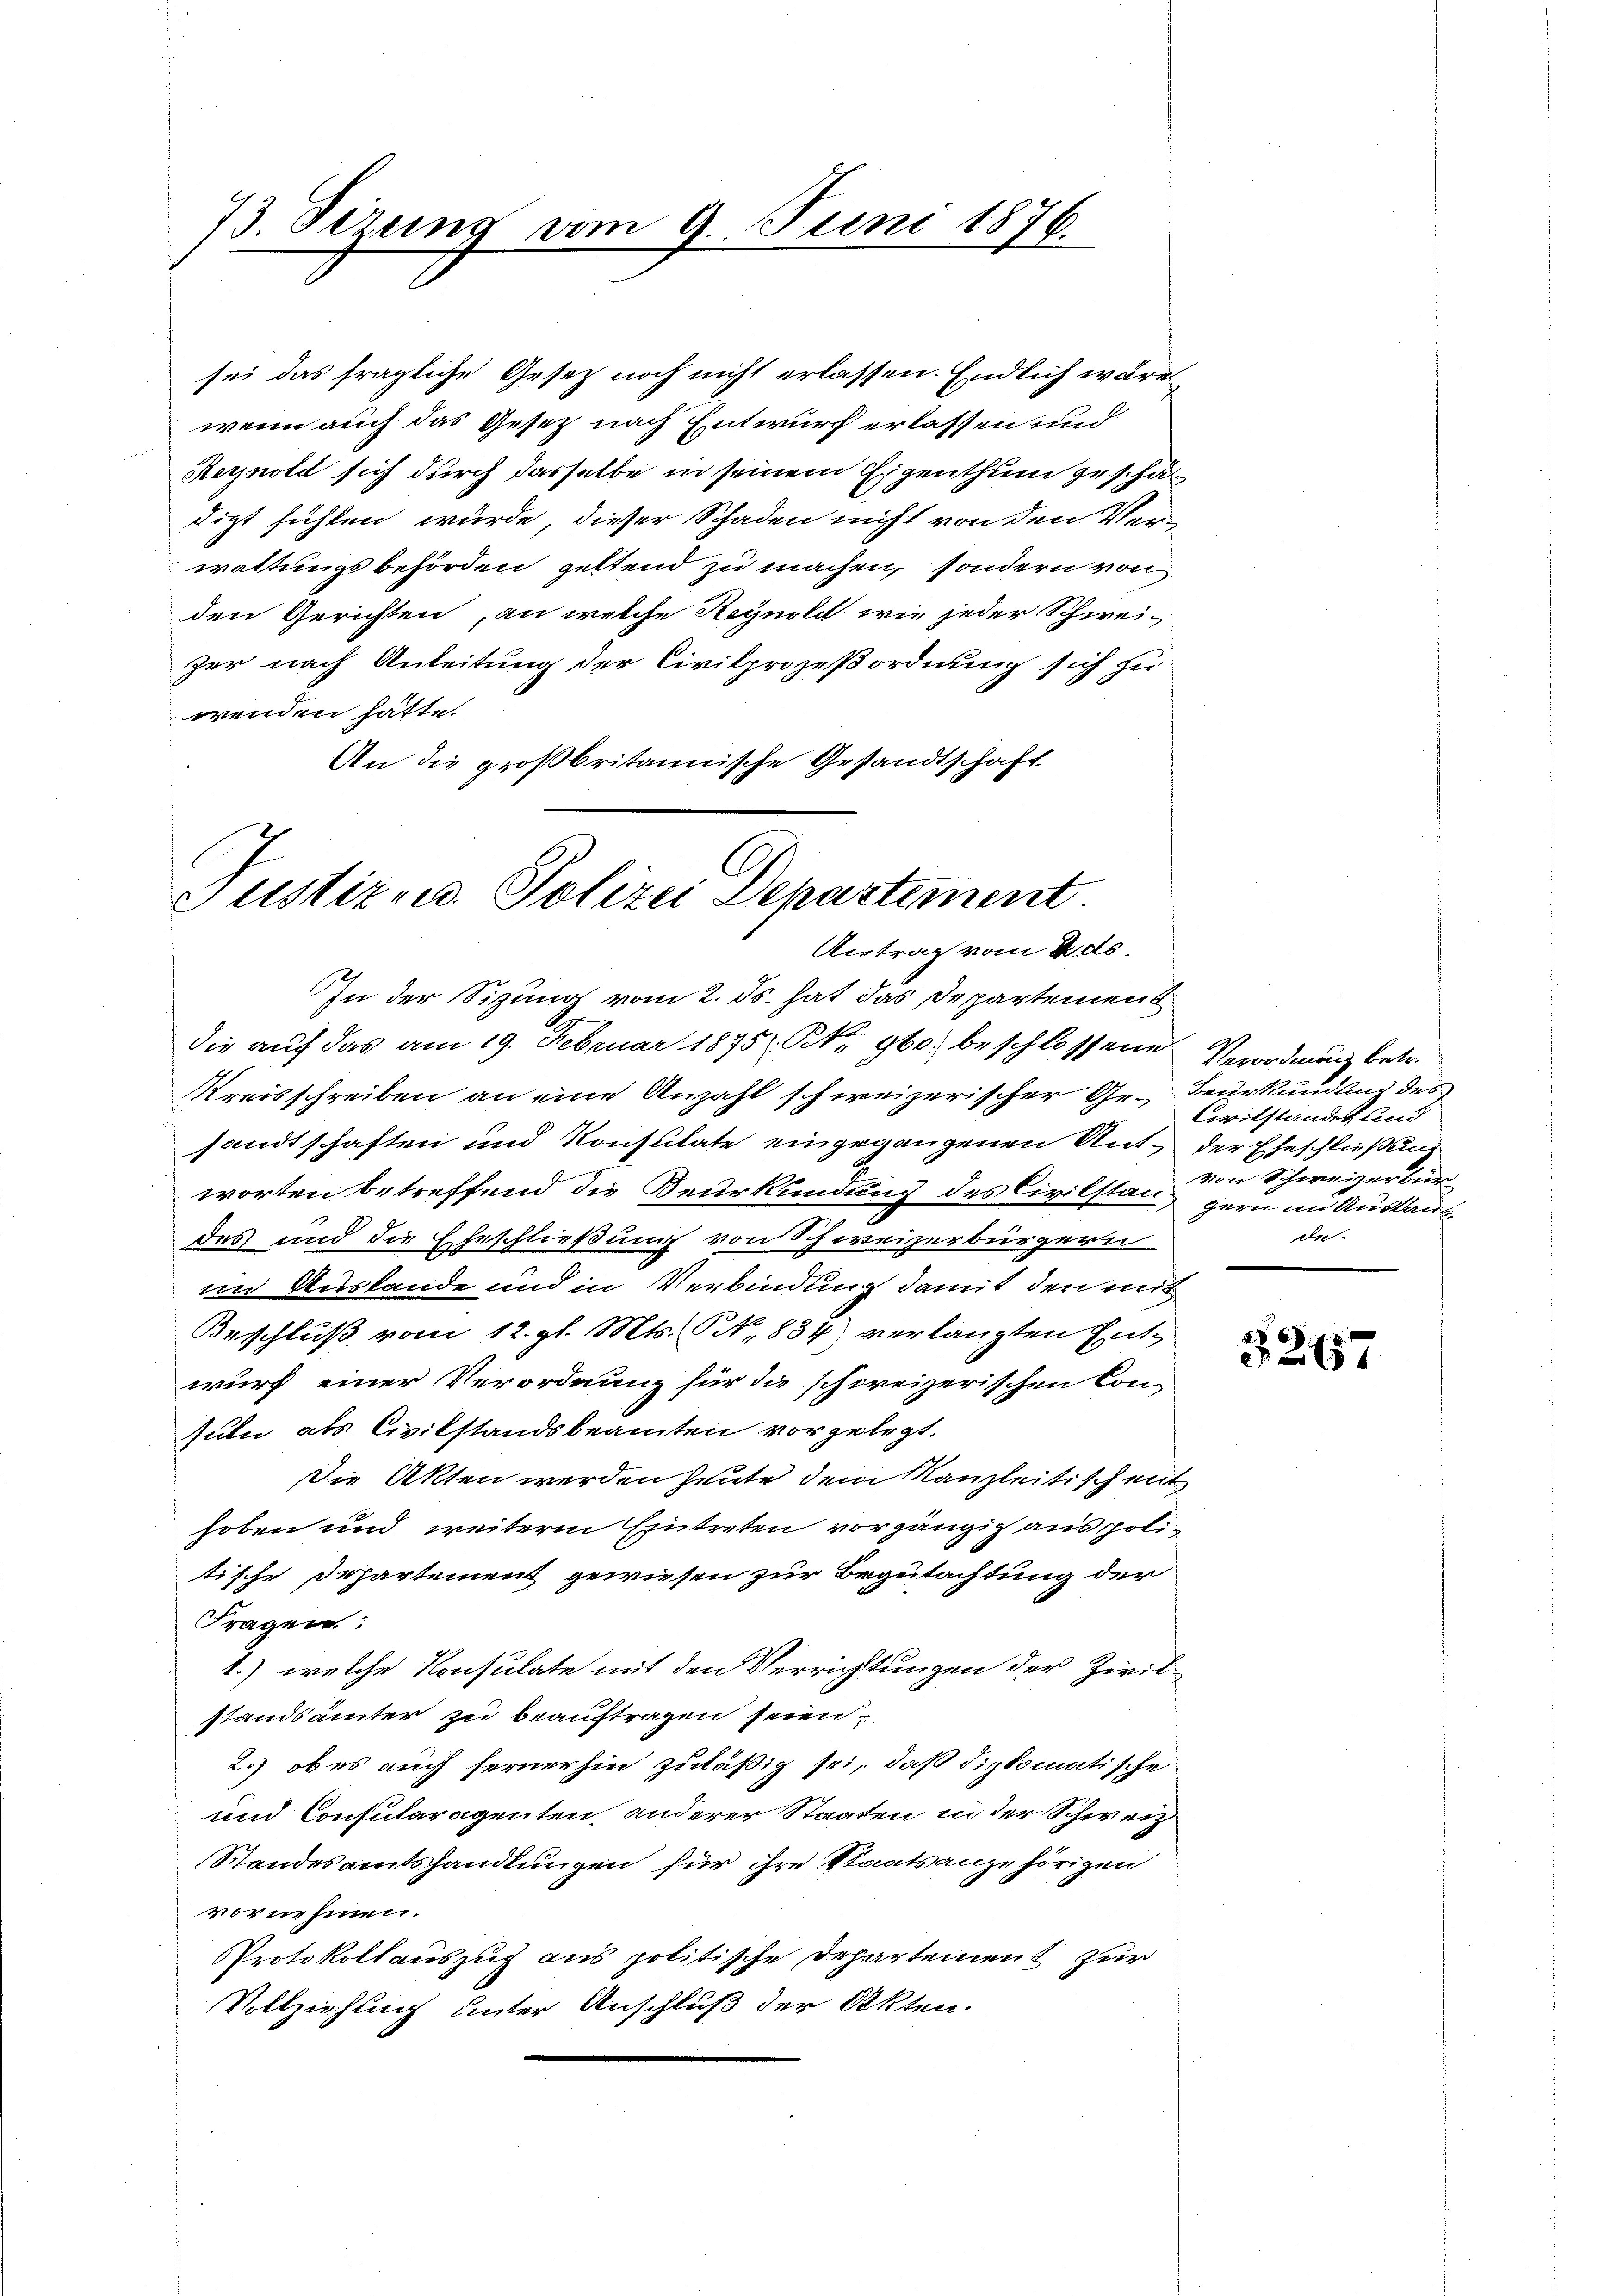
73. Derung vom 9. Juni 1876.

sei das fragliche Gesetz noch nicht erlassen. Endlich wäre
wenn auch das Gesetz nach Entwurf erlassen und
Reynold sich durch dasselbe in seinem Eigenthum geschätdigt fühlen würde, dieser Schaden nicht von den Verwattungsbehörden geltend zu machen, sondern von
den Gerichten, an welche Regnoli wie jeder Schwei-
zer nach Anleitung der Civilprozeßordnung sich zu
wenden hätte.
An die großbritannische Gesandtschaft

A
Justiz u. Polizei Departement.
Antrag vom 2. ds.

In der Sizung vom 2. ds. hat das Departement
die auf das am 19. Februar 1875. Pkt. 960. beschlossene Verordnung betr.
Kreisschreiben an eine Anzahl schweizerischer Ge- Beurkundung des
sandtschaften und Konsulate eingegangenen Ant. der Eheschlißung
worten betreffend die Beurkundung des Civilstandes und die Eheschließung von Schweizerbürgern
im Auslande und in Verbindung damit den mit
Beschluß vom 12. gl. Mts. No. 834) verlangten Entwurf einer Verordnung für die schweizerischen Con
suln als Civilstandsbeamten vorgelegt.
Die Akten werden heute dem Kanzleitisch ent
hoben und weitere Eintreten vorgängig aus politische Departement gewiesen zur Begutachtung der
Fragen:
1.) welche Konsulate mit den Verrichtungen der Zivilstandsämter zu beauftragen seien,
2.) ob es auch fernerhin zuläßig sei, daß diplomatische
und Consularagenten anderer Staaten in der Schweiz
Standesamtshandlungen für ihre Staatsangehörigen
vornehmen.
Protokollauszug aus politische Departement zur
Vollziehung unter Anschluß der Akten.

Civilstanden und
von Schweizerbür
gern im Anstan
de

§ 267